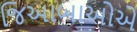
જિઆબાઓએ